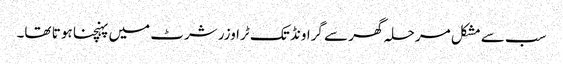
سب سے مشکل مرحلہ گھر سے گراونڈ تک ٹراوزر شرٹ میں پہنچنا ہو تا تھا۔